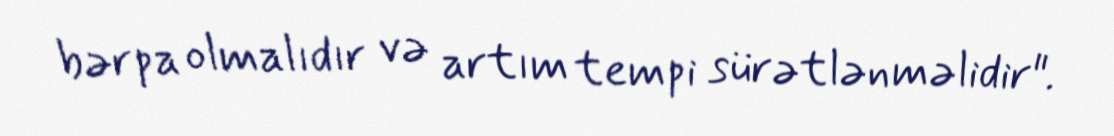
bərpa olmalıdır və artım tempi sürətlənməlidir".